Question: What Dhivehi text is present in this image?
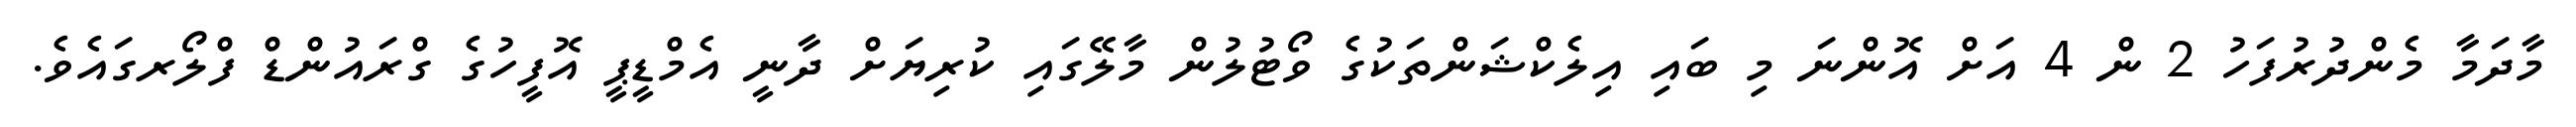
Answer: މާދަމާ މެންދުރުފަހު 2 ން 4 އަށް އޮންނަ މި ބައި އިލެކްޝަންތަކުގެ ވޯޓުލުން މާލޭގައި ކުރިޔަށް ދާނީ އެމްޑީޕީ އޮފީހުގެ ގްރައުންޑް ފްލޯރގައެވެ.